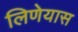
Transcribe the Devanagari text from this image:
लिणेयास